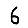
Digit: 6